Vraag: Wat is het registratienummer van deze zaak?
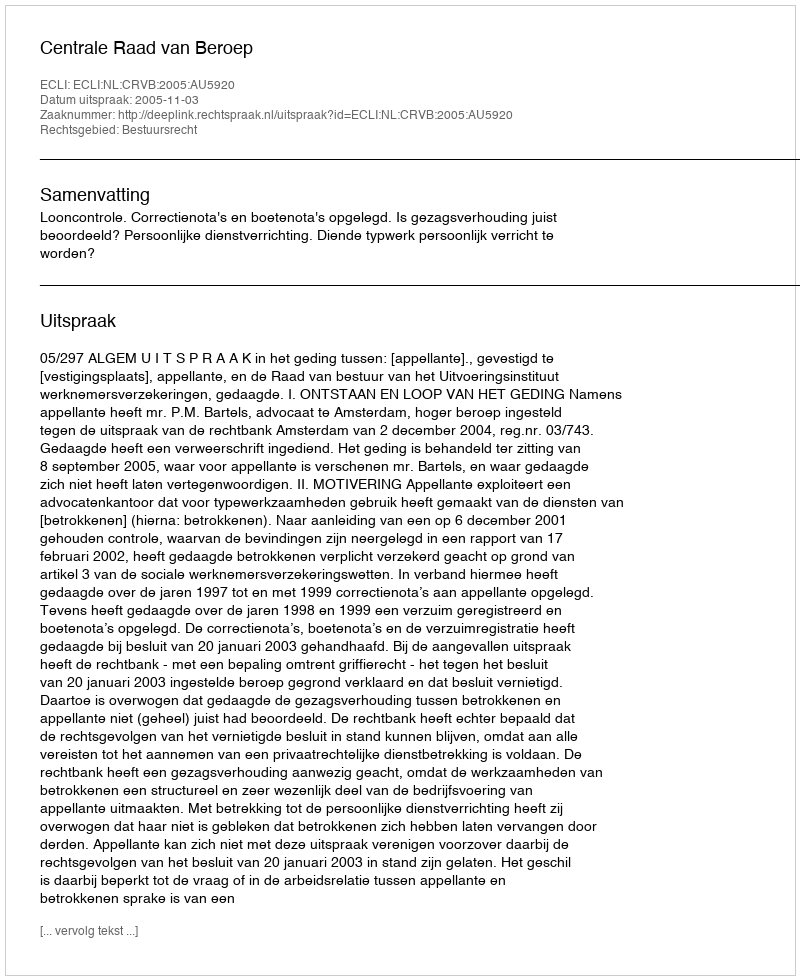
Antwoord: http://deeplink.rechtspraak.nl/uitspraak?id=ECLI:NL:CRVB:2005:AU5920